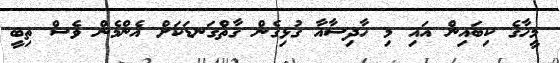
މީހާގެ ކިބައިން އައި މި ހާދިސާއާ ގުޅިގެން ގާތްގަނޑަކަށް އެންމެން ވެސް ތިބީ